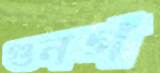
গুনগ